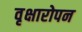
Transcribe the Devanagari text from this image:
वृक्षारोपन